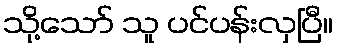
သို့သော် သူ ပင်ပန်းလှပြီ။